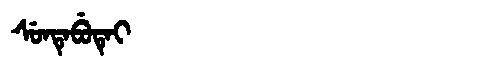
Manchu: ᠰᡠᠨᡨᡝᠪᡠᡨᡝᡳ
Romanization: SUNTEBUTEI